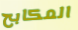
المكابح